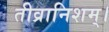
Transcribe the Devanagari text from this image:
तीव्रानिशम्।